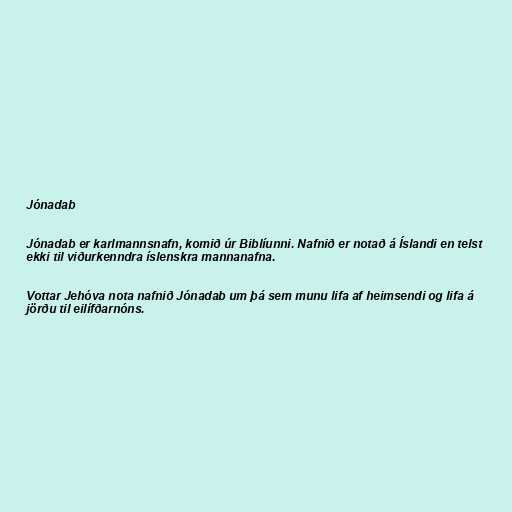
Jónadab

Jónadab er karlmannsnafn, komið úr Biblíunni. Nafnið er notað á Íslandi en telst
ekki til viðurkenndra íslenskra mannanafna.

Vottar Jehóva nota nafnið Jónadab um þá sem munu lifa af heimsendi og lifa á
jörðu til eilífðarnóns.